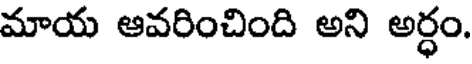
మాయ ఆవరించింది అని అర్ధం.